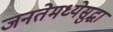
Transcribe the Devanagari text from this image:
जनतेमध्येसुद्धा